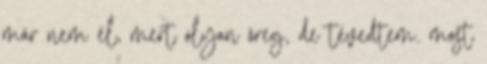
már nem él, mert olyan öreg, de tévedtem. most